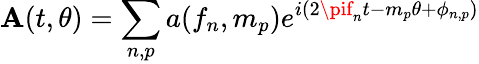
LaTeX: \mathbf{A}(t,\theta)=\sum_{n,p}a(f_{n},m_{p})e^{i(2\pif_{n}t-m_{p}\theta+\phi_{n,p})}